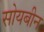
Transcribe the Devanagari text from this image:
सोयबीन